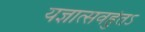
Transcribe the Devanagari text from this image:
यज्ञात्सवर्हुतऽ